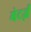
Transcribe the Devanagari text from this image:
मेटर्ज़